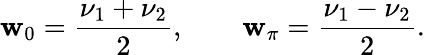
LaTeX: \mathbf{w}_{0}=\frac{{\nu_{1}+\nu_{2}}}{{2}},\qquad\mathbf{w}_{\pi}=\frac{{\nu_{1}-\nu_{2}}}{{2}}.